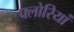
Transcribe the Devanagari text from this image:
फ्लोरियां